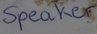
Text: Speaker